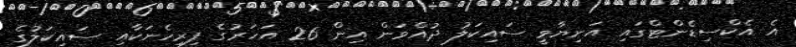
އެ އެކްސިޑެންޓްގައި އަނިޔާވީ ސައިކަލު ދުއްވަން އިން 26 އަހަރުގެ ފިރިހެނަކާއި ސައިކަލުގެ